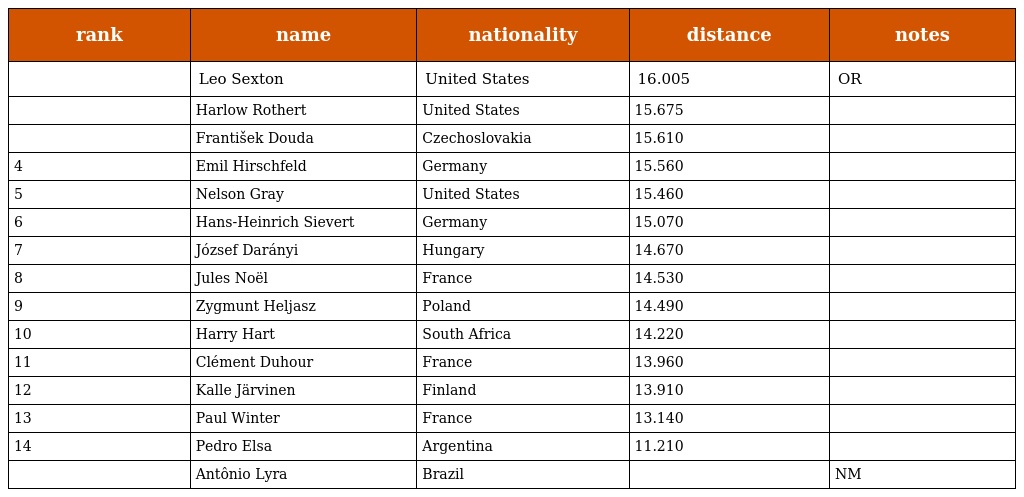
| rank | name | nationality | distance | notes |
 | --- | --- | --- | --- | --- |
 |  | Leo Sexton | United States | 16.005 | OR |
 |  | Harlow Rothert | United States | 15.675 |  |
 |  | František Douda | Czechoslovakia | 15.610 |  |
 | 4 | Emil Hirschfeld | Germany | 15.560 |  |
 | 5 | Nelson Gray | United States | 15.460 |  |
 | 6 | Hans-Heinrich Sievert | Germany | 15.070 |  |
 | 7 | József Darányi | Hungary | 14.670 |  |
 | 8 | Jules Noël | France | 14.530 |  |
 | 9 | Zygmunt Heljasz | Poland | 14.490 |  |
 | 10 | Harry Hart | South Africa | 14.220 |  |
 | 11 | Clément Duhour | France | 13.960 |  |
 | 12 | Kalle Järvinen | Finland | 13.910 |  |
 | 13 | Paul Winter | France | 13.140 |  |
 | 14 | Pedro Elsa | Argentina | 11.210 |  |
 |  | Antônio Lyra | Brazil |  | NM |